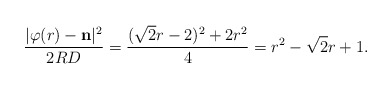
\begin{align*}\frac{| \varphi(r ) - \mathbf{n} |^2}{2RD} =\frac{ (\sqrt 2 r- 2)^2 + 2r^2}{4}=r^2 - \sqrt2r + 1.\end{align*}